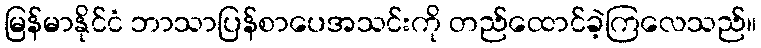
မြန်မာနိုင်ငံ ဘာသာပြန်စာပေအသင်းကို တည်ထောင်ခဲ့ကြလေသည်။